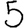
Digit: 5